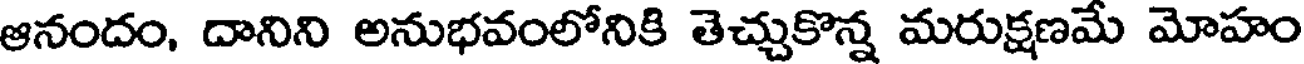
ఆనందం, దానిని అనుభవంలోనికి తెచ్చుకొన్న మరుక్షణమే మోహం